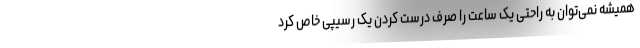
همیشه نمی‌توان به راحتی یک ساعت را صرف درست کردن یک رسیپی خاص کرد